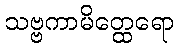
သဗ္ဗကာမိတ္ထေရော